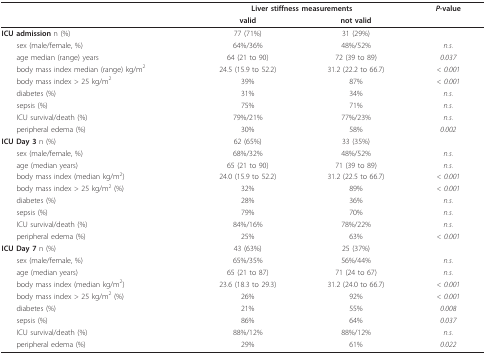
|  | <COLSPAN=2> Liver stiffness measurements | P-value |
 |  | valid | not valid |  |
 | --- | --- | --- | --- |
 | ICU admission n (%) | 77 (71%) | 31 (29%) |  |
 | sex (male/female, %) | 64%/36% | 48%/52% | n.s. |
 | age median (range) years | 64 (21 to 90) | 72 (39 to 89) | 0.037 |
 | body mass index median (range) kg/m2 | 24.5 (15.9 to 52.2) | 31.2 (22.2 to 66.7) | < 0.001 |
 | body mass index > 25 kg/m2 | 39% | 87% | < 0.001 |
 | diabetes (%) | 31% | 34% | n.s. |
 | sepsis (%) | 75% | 71% | n.s. |
 | ICU survival/death (%) | 79%/21% | 77%/23% | n.s. |
 | peripheral edema (%) | 30% | 58% | 0.002 |
 | ICU Day 3 n (%) | 62 (65%) | 33 (35%) |  |
 | sex (male/female, %) | 68%/32% | 48%/52% | n.s. |
 | age (median years) | 65 (21 to 90) | 71 (39 to 89) | n.s. |
 | body mass index (median kg/m2) | 24.0 (15.9 to 52.2) | 31.2 (22.5 to 66.7) | < 0.001 |
 | body mass index > 25 kg/m2 (%) | 32% | 89% | < 0.001 |
 | diabetes (%) | 28% | 36% | n.s. |
 | sepsis (%) | 79% | 70% | n.s. |
 | ICU survival/death (%) | 84%/16% | 78%/22% | n.s. |
 | peripheral edema (%) | 25% | 63% | < 0.001 |
 | ICU Day 7 n (%) | 43 (63%) | 25 (37%) |  |
 | sex (male/female, %) | 65%/35% | 56%/44% | n.s. |
 | age (median years) | 65 (21 to 87) | 71 (24 to 67) | n.s. |
 | body mass index (median kg/m2) | 23.6 (18.3 to 29.3) | 31.2 (24.0 to 66.7) | < 0.001 |
 | body mass index > 25 kg/m2 (%) | 26% | 92% | < 0.001 |
 | diabetes (%) | 21% | 55% | 0.008 |
 | sepsis (%) | 86% | 64% | 0.037 |
 | ICU survival/death (%) | 88%/12% | 88%/12% | n.s. |
 | peripheral edema (%) | 29% | 61% | 0.022 |